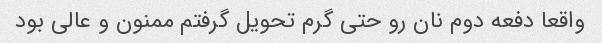
واقعا دفعه دوم نان رو حتی گرم تحویل گرفتم ممنون و عالی بود